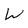
Character: W